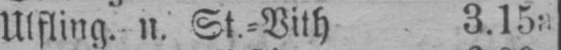
Ulfing. n. St.⸗Vith 3.15a